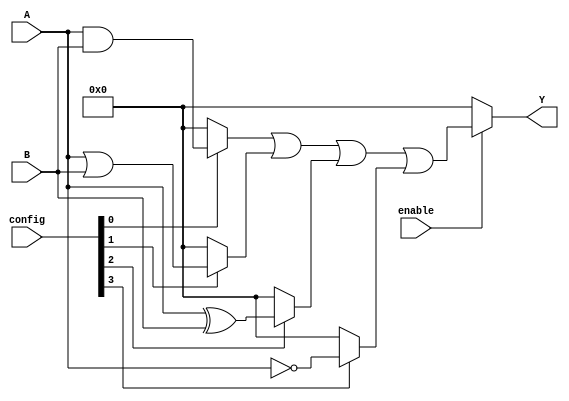
module CLB (
    input wire [3:0] A,         // Input signals (4-bit)
    input wire [3:0] B,         // Input signals (4-bit)
    input wire [3:0] config,    // Configuration memory (4-bit for simplicity)
    input wire enable,           // Control signal to enable/disable logic
    output wire [3:0] Y          // Output signals (4-bit)
);

// Internal signals for logic functions
wire [3:0] and_out;
wire [3:0] or_out;
wire [3:0] xor_out;
wire [3:0] not_out;

// Logic Functions
assign and_out = A & B;       // AND operation
assign or_out = A | B;        // OR operation
assign xor_out = A ^ B;       // XOR operation
assign not_out = ~A;          // NOT operation

// Output Logic based on configuration
assign Y = (enable) ? 
           (config[0] ? and_out : 4'b0000) | 
           (config[1] ? or_out  : 4'b0000) | 
           (config[2] ? xor_out : 4'b0000) | 
           (config[3] ? not_out : 4'b0000) 
           : 4'b0000; // Disable output if enable is low

endmodule